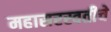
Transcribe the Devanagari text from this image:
महासरस्वतीचे